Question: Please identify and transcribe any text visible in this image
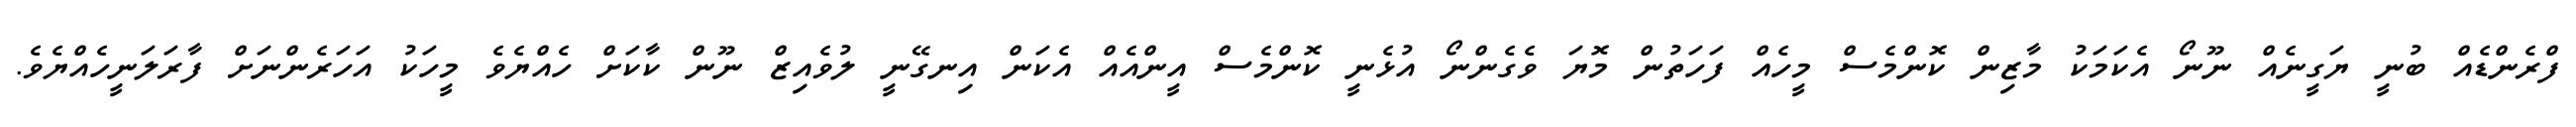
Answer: ފްރެންޑެއް ބުނީ ޔަގީނެއް ނޫނޯ އެކަމަކު މާޒިން ކޮންމެސް މީހެއް ފަހަތުން މޮޔަ ވެގެންނޯ އުޅެނީ ކޮންމެސް އީންއެއް އެކަން އިނގޭނީ ލުވެއިޒް ނޫން ކާކަށް ހެއްޔެވެ މީހަކު އަހަރެންނަށް ފާރަލަނީހެއްޔެވެ.